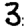
Digit: 3